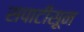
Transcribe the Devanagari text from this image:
सपाटीसून